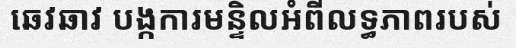
ឆេវឆាវ បង្កការមន្ទិលអំពីលទ្ធភាពរបស់